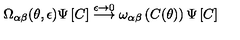
\Omega _ { \alpha \beta } ( \theta , \epsilon ) \Psi \left[ C \right] \stackrel { \epsilon \rightarrow 0 } { \longrightarrow } \omega _ { \alpha \beta } \left( C ( \theta ) \right) \Psi \left[ C \right]